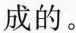
成的。